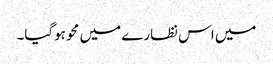
میں اس نظارے میں محو ہوگیا۔